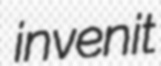
invenit